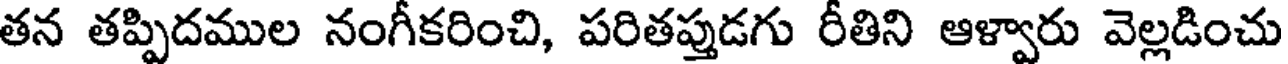
తన తప్పిదముల నంగీకరించి, పరితప్తుడగు రీతిని ఆళ్వారు వెల్లడించు